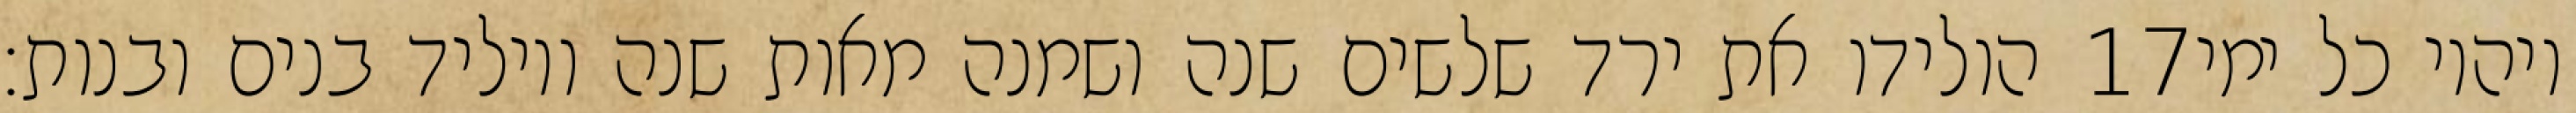
הולידו את ירד שלשים שנה ושמנה מאות שנה ויוליד בנים ובנות׃ ‎17‏ ויהיו כל ימי